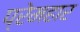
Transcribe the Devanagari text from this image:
प्रेमहार